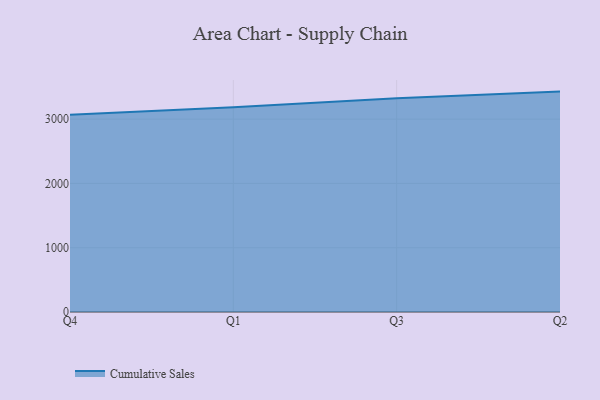
{"axis": {"x": "Quarter", "y": "Customer Acquisition Cost (USD)"}, "legend": ["Cumulative Sales"], "data": [{"x": "Q4", "y": 3069.5, "type": "Cumulative Sales"}, {"x": "Q1", "y": 3186.6, "type": "Cumulative Sales"}, {"x": "Q3", "y": 3325.9, "type": "Cumulative Sales"}, {"x": "Q2", "y": 3428.1, "type": "Cumulative Sales"}]}